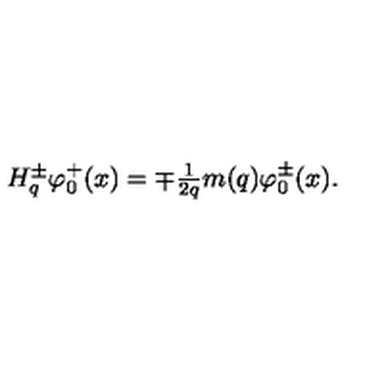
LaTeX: \begin{array} { l } { H _ { q } ^ { \pm } \varphi _ { 0 } ^ { + } ( x ) = \mp \frac 1 { 2 q } m ( q ) \varphi _ { 0 } ^ { \pm } ( x ) . } \\ \end{array}